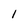
Character: 1